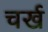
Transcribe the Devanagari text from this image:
चर्ख